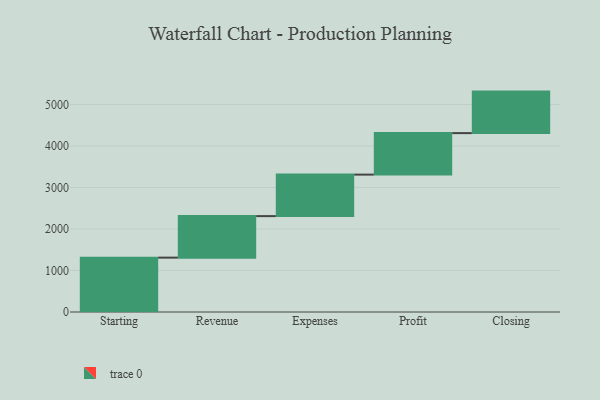
{"axis": {"x": "Step", "y": "Value"}, "legend": [""], "data": [{"x": "Starting", "y": 1310.0, "type": ""}, {"x": "Revenue", "y": 1000, "type": ""}, {"x": "Expenses", "y": 1000, "type": ""}, {"x": "Profit", "y": 1000, "type": ""}, {"x": "Closing", "y": 1000, "type": ""}]}